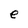
Character: e